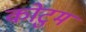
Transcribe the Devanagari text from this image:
कोटुम